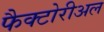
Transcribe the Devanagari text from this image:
फैक्टोरीअल